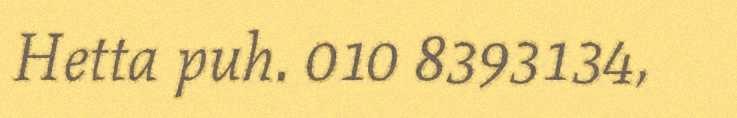
Hetta puh. 010 8393134,